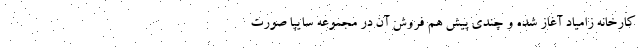
کارخانه زامیاد آغاز شده و چندی پیش هم فروش آن در مجموعه سایپا صورت